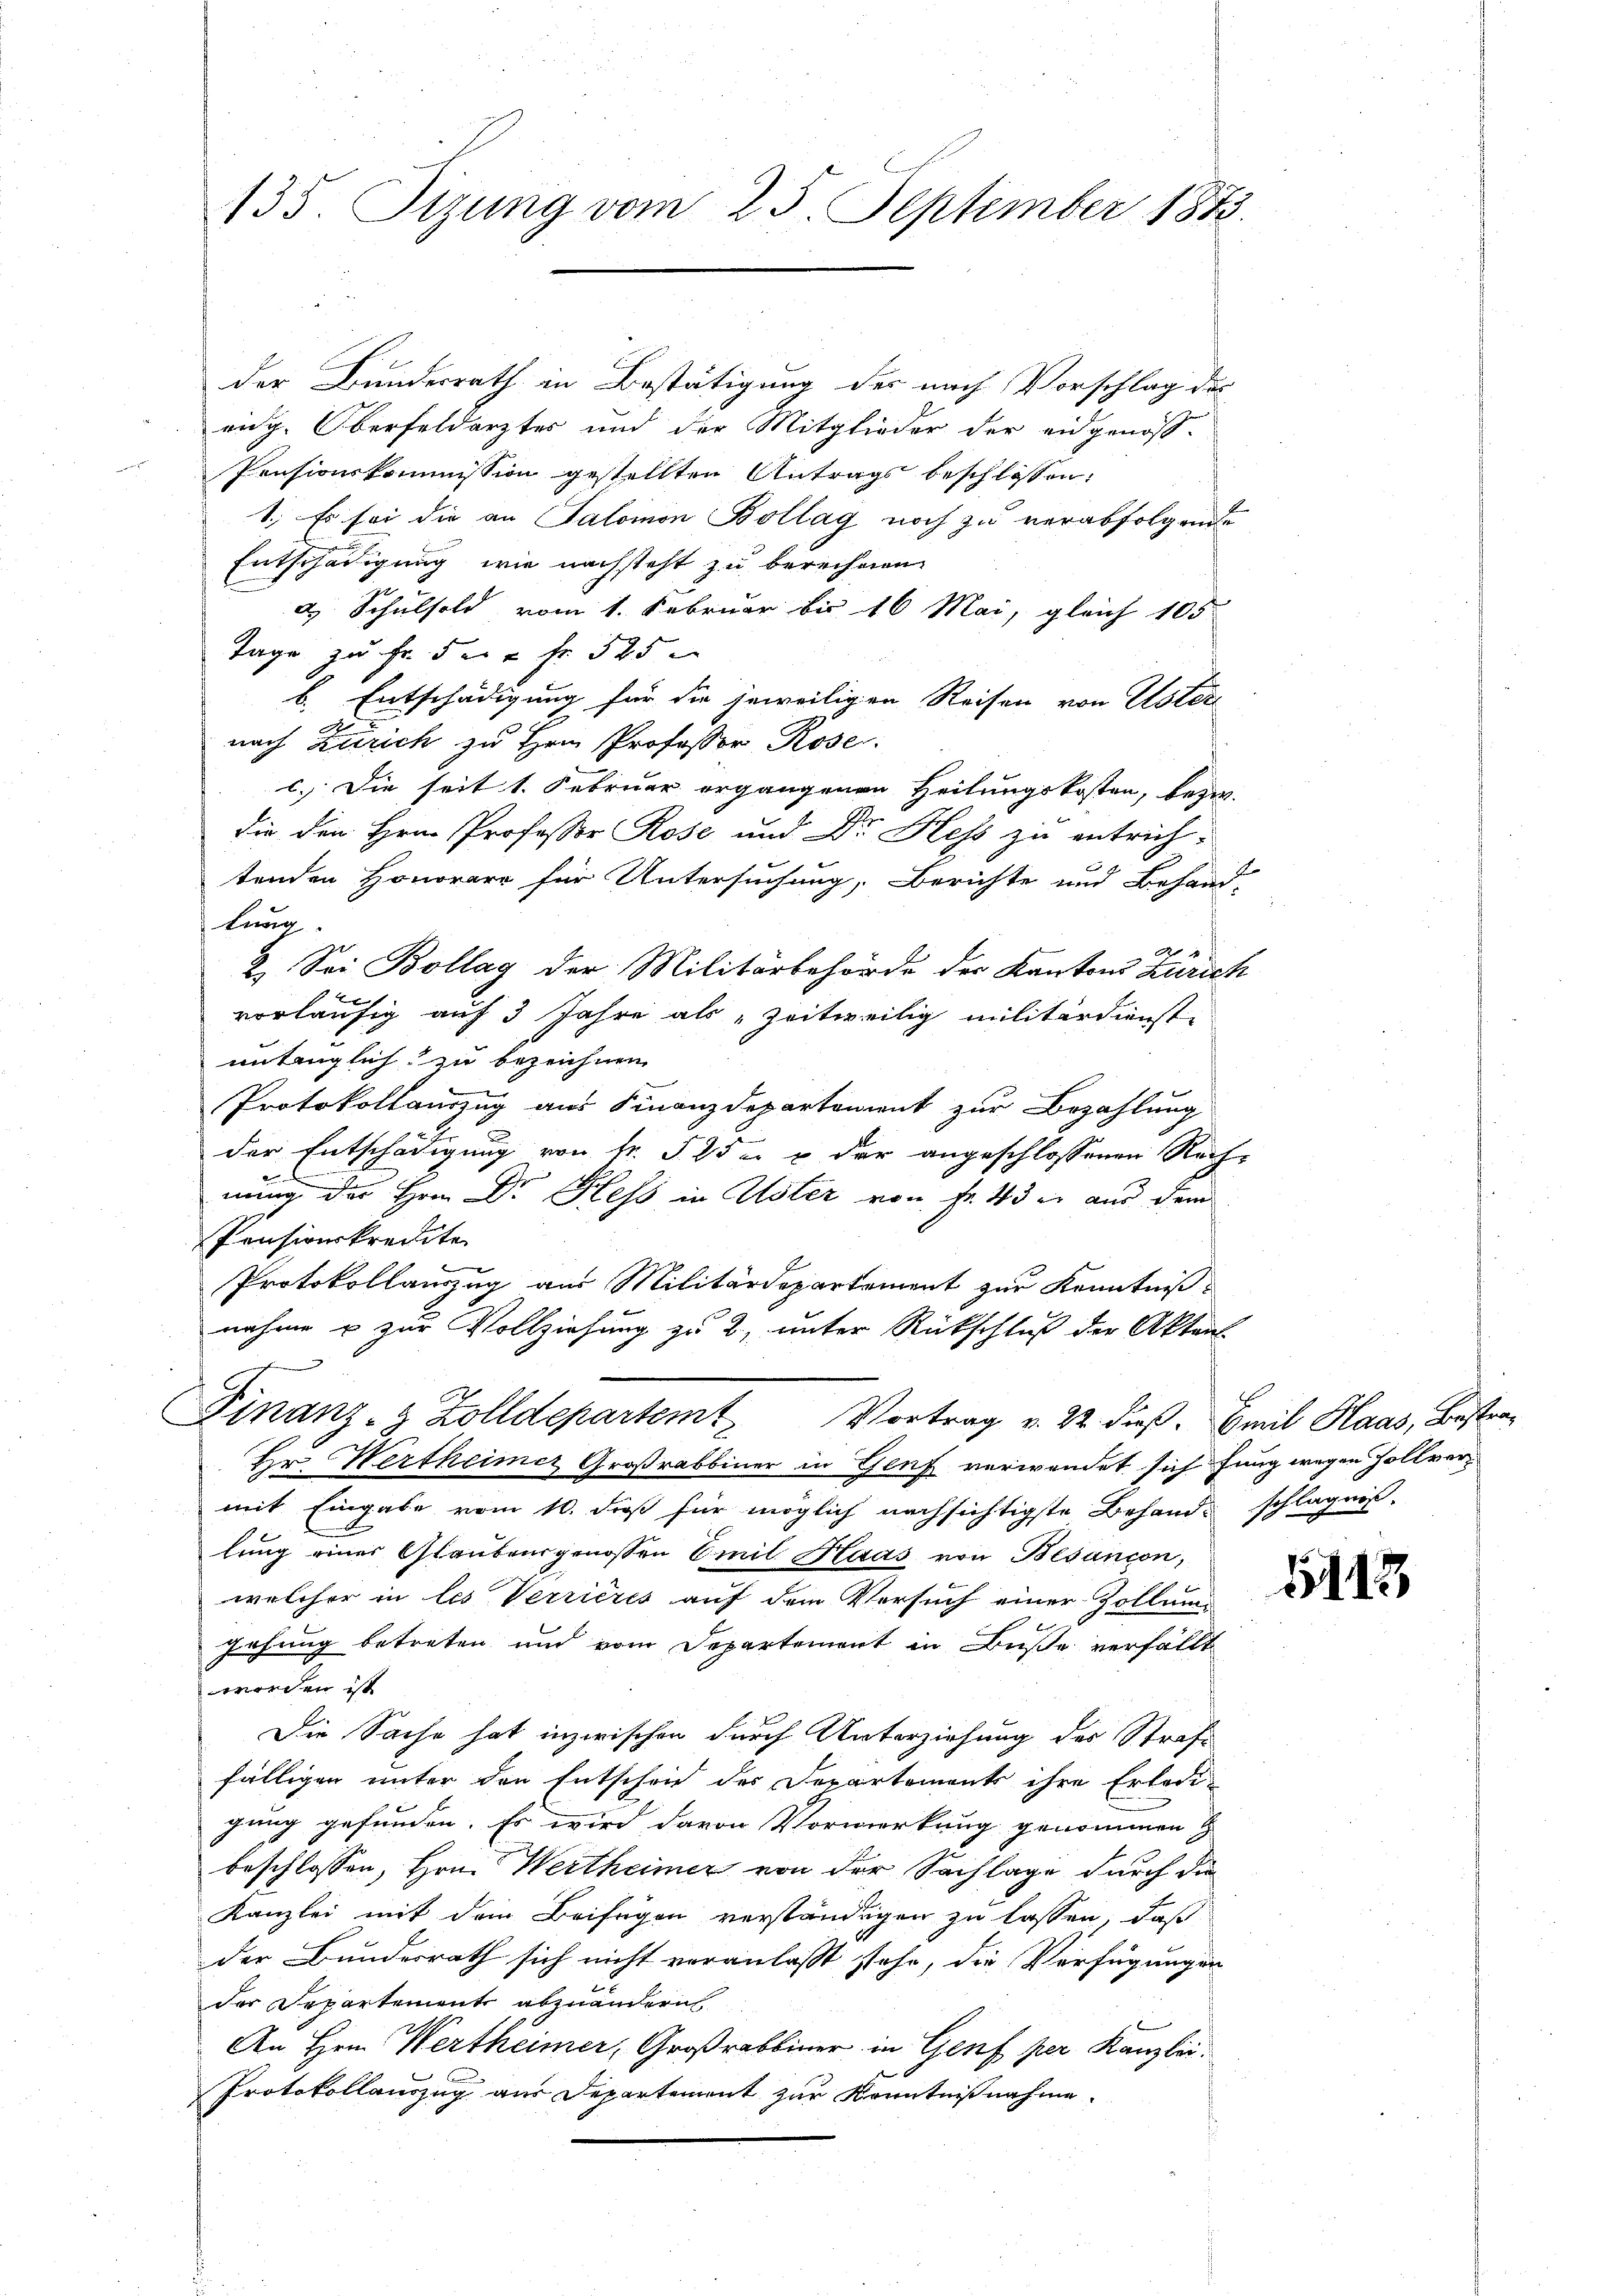
135. Sizung vom 25. September 1873.

der Bundesrath in Bestätigung des nach Vorschlag des
eidg. Oberfeldarztes und der Mitglieder der eidgenos-
Pensionskommission gestellten Antrags beschlossen:
1., Es sei die an Salomon Bollag noch zu verabfolgende
Entschädigung wie nachsteht zu berechnen
2 Schulsold vom 1. Februar bis 16 Mai, gleich 105
Tage zu Fr. 5 fr. 525
b. Entschädigung für die jeweiligen Reisen von Uster
1

nach Zürich zu Hem Professor Rose
c. Die seit 1. Februar ergangenen Heilungskosten, bezw.
die den Hrn. Professor Rose und Dr. Hess zu entrichtenden Honorar für Untersuchung, Berichte und Behand-
lung.
 4
2. Sei Bollag der Militärbehörde der Kantons Zürich
vorläufig auf 3 Jahre als „Zeitweilig militärdienst.
untauglich zu bezeichnen.
Protokollauszug aus Finanzdepartement zur Bezahlung
der Entschädigung von fr. § 25 n u der angeschlossenen Rech-
nung des Hrn. Dr. Hess in Uster von Fr. 43 u. aus dem
Pensionskredite
Protokollanzug aus Militärdepartement zur Kenntniß
nahme u zur Vollziehung zu 2, unter Rückschluß der Akten
Finanz- & Zolldepartemt Vortrag v. 22. dieß. Emil Haas, Bestra¬
Hr. Wertheimer Großrabbiner in Genf verwendet sich fung wegen Zollvermit Eingabe vom 10. dieß für möglich nachsichtigste Behand-
1
lung einer Glaubensgenossen Emil Maas von Besançon,
welcher in les Verrieres auf dem Versuch einer Zollum
gehung betreten und vom Departement in Buße verfällt
worden ist
Die Sache hat inzwischen durch Unterziehung des Strafe
fälligen unter den Entscheid des Departements ihre Erledigung gefunden. Es wird davon Vorwerkung genommen
beschlossen, Hrn. Wertheimer von der Sachlage durch die
Kanzlei mit dem Beifügen verständigen zu lassen, daß
der Bundesrath sich nicht veranlasst stehe, die Verfügungen
der Departement abzuändern
An Hrn. Wertheimer, Großrabbiner in Genf per Kanzlei.
Protokollauszug aus Departement zur Kenntnißnahme.

lägnis.

5113